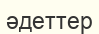
әдеттер